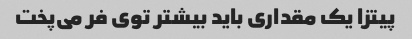
پیتزا یک مقداری باید بیشتر توی فر می‌پخت